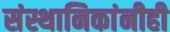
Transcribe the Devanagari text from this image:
संस्थानिकांनीही